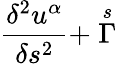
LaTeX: \frac{\delta^{2}u^{\alpha}}{\delta s^{2}}+\stackrel{s}{\Gamma}